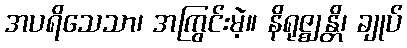
အပရိသေသာ၊ အကြွင်းမဲ့။ နိရုဇ္ဈန္တိ၊ ချုပ်